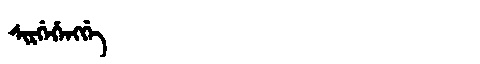
Manchu: ᠰᡳᡵᡤᡝᡥᡝᠩᡤᡝ
Romanization: SIRGEHENGGE